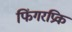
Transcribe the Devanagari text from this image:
फिंगरप्रिक